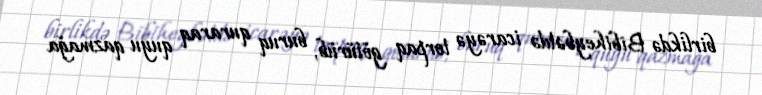
birlikdə Bibiheybətdə icarəyə torpaq götürüb, buruq quraraq quyu qazmağa